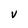
Character: V